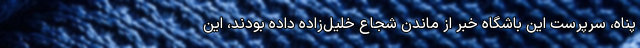
‌پناه، سرپرست این باشگاه خبر از ماندن شجاع خلیل‌زاده داده بودند، این